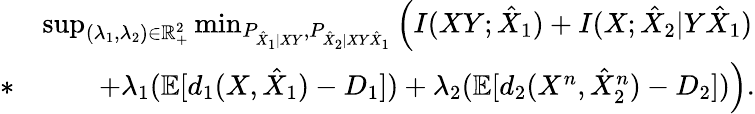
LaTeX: \begin{array}{rl}&{\operatorname*{sup}_{(\lambda_{1},\lambda_{2})\in\mathbb{R}_{+}^{2}}\operatorname*{min}_{P_{\hat{X}_{1}|XY},P_{\hat{X}_{2}|XY\hat{X}_{1}}}\Big(I(XY;\hat{X}_{1})+I(X;\hat{X}_{2}|Y\hat{X}_{1})}\\ {*}&{\qquad+\lambda_{1}(\mathbb{E}[d_{1}(X,\hat{X}_{1})-D_{1}])+\lambda_{2}(\mathbb{E}[d_{2}(X^{n},\hat{X}_{2}^{n})-D_{2}])\Big).}\end{array}